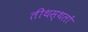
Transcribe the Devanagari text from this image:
तीथस्थलों